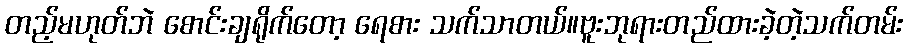
တည့်မဟုတ်ဘဲ စောင်းချရိုက်တော့ ရေစား သက်သာတယ်။ဗူးဘုရားတည်ထားခဲ့တဲ့သက်တမ်း